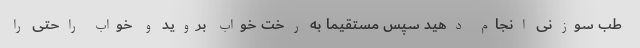
طب سوزنی انجام دهید سپس مستقیما به رخت خواب بروید و خواب راحتی را